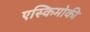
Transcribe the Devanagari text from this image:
एस्किमोकी